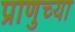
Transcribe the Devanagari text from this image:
प्राणुच्या